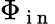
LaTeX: \Phi_{\mathrm{~i~n~}}